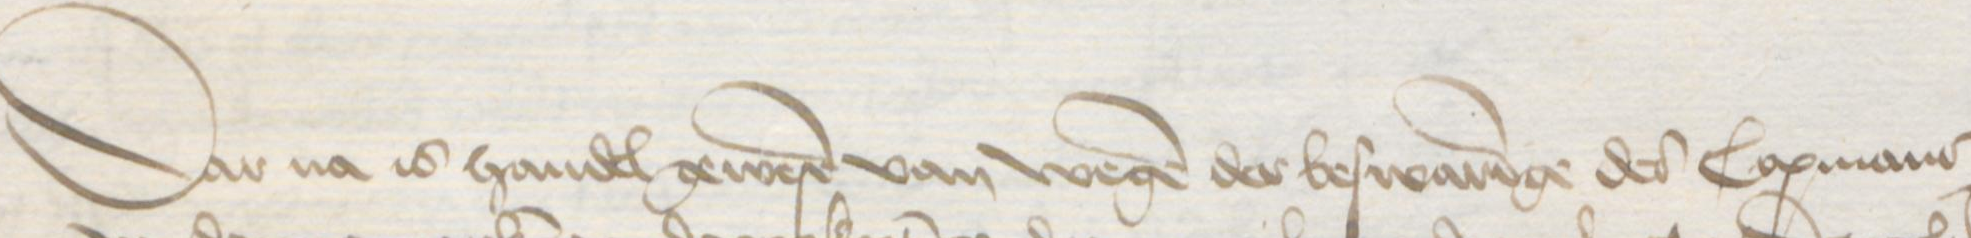
Transcription: Dar na is handel gewereren van wegen der beswaringe des Copmans